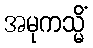
အမုကသ္မိံ